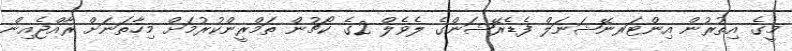
މީގެ އިތުރުން އިންޓަރނޭޝަނަލް ފެޑެރޭޝަންގެ ލެވެލް 2ގެ ކޯޗުން ތަމްރީންކުރުމަށް މިހާތަނަށް ރާއްޖެއިން